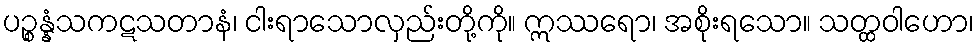
ပဉ္စန္နံသကဋသတာနံ၊ ငါးရာသောလှည်းတို့ကို။ ဣဿရော၊ အစိုးရသော။ သတ္ထဝါဟော၊